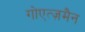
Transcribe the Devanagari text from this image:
गोएत्ज़मैन